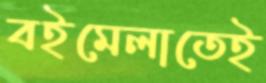
বইমেলাতেই